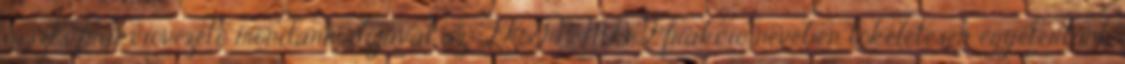
összes frakcióvezető mondanivalójával az FKGP-MDF frakció nevében tökéletesen egyetértünk